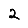
Digit: 2